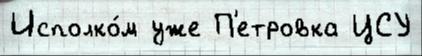
Исполко́м уже П'етровка ЦСУ